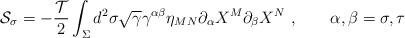
LaTeX: \begin{align*}{\cal S}_\sigma = -\frac{{\cal T}}{2}\int_\Sigma d^2\sigma \sqrt{\gamma}\gamma^{\alpha\beta}\eta_{MN}\partial_\alpha X^M \partial_\beta X^N~,\qquad \alpha, \beta =\sigma, \tau \end{align*}